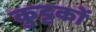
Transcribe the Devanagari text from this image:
कुट्टकों